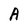
Character: A